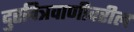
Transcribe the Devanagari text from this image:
दुरचित्रवाणीवरील